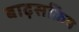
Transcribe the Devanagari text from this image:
बाढ़सक्रिय